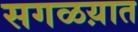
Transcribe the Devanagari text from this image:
सगळय़ात